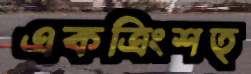
একত্রিংশত্